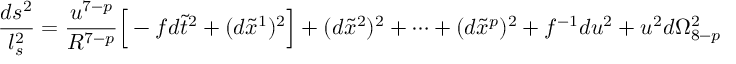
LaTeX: \frac { d s ^ { 2 } } { l _ { s } ^ { 2 } } = \frac { u ^ { 7 - p } } { R ^ { 7 - p } } \Big [ - f d \tilde { t } ^ { 2 } + ( d \tilde { x } ^ { 1 } ) ^ { 2 } \Big ] + ( d \tilde { x } ^ { 2 } ) ^ { 2 } + \cdots + ( d \tilde { x } ^ { p } ) ^ { 2 } + f ^ { - 1 } d u ^ { 2 } + u ^ { 2 } d \Omega _ { 8 - p } ^ { 2 }